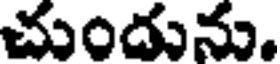
చుందును.